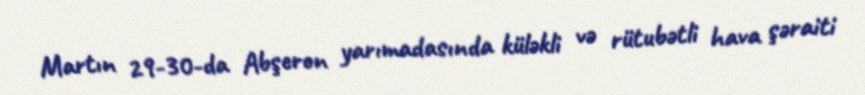
Martın 29-30-da Abşeron yarımadasında küləkli və rütubətli hava şəraiti